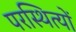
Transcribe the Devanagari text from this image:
परस्थित्यों